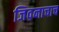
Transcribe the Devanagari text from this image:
जिवनाचाच